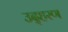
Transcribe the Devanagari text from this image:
उद्हरण